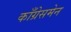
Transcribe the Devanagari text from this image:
काँग्रेसमेन